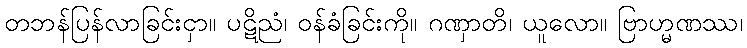
တဘန်ပြန်လာခြင်းငှာ။ ပဋိညံ၊ ဝန်ခံခြင်းကို။ ဂဏှာတိ၊ ယူလော။ ဗြာဟ္မဏဿ၊